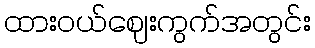
ထားဝယ်ဈေးကွက်အတွင်း